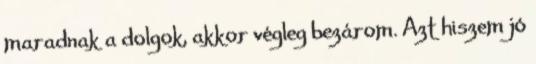
maradnak a dolgok, akkor végleg bezárom. Azt hiszem jó